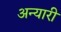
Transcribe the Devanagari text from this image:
अन्यारी